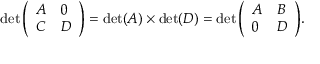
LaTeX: \operatorname* { d e t } { \left( \begin{array} { l l } { A } & { 0 } \\ { C } & { D } \end{array} \right) } = \operatorname* { d e t } ( A ) \times \operatorname* { d e t } ( D ) = \operatorname* { d e t } { \left( \begin{array} { l l } { A } & { B } \\ { 0 } & { D } \end{array} \right) } .